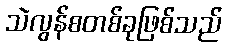
သဲလွန်စတစ်ခုဖြစ်သည်